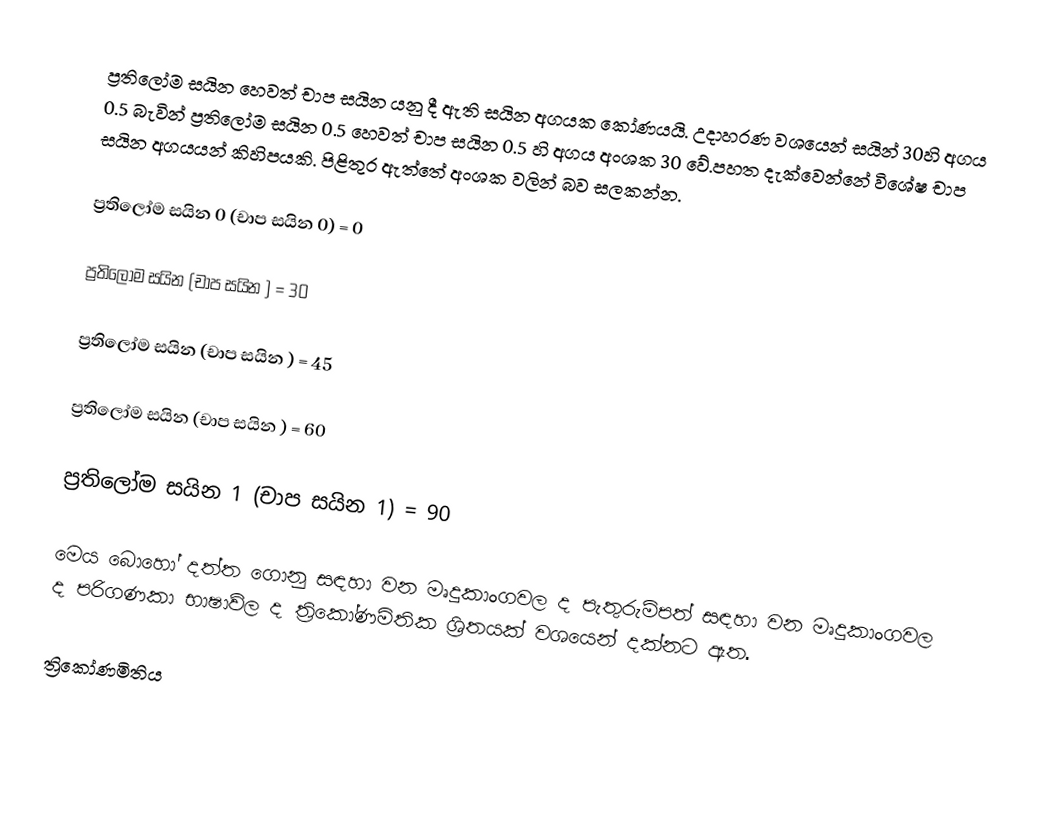
ප්‍රතිලෝම සයින හෙවත් චාප සයින යනු දී ඇති සයින අගයක කෝණයයි. උදාහරණ වශයෙන් සයින් 30හි අගය 0.5 බැවින් ප්‍රතිලෝම සයින 0.5 හෙවත් චාප සයින 0.5 හි අගය අංශක 30 වේ.පහත දැක්වෙන්නේ විශේෂ චාප සයින අගයයන් කිහිපයකි. පිළිතුර ඇත්තේ අංශක වලින් බව සලකන්න.

ප්‍රතිලෝම සයින 0 (චාප සයින 0) = 0

ප්‍රතිලෝම සයින     (චාප සයින ) = 30

ප්‍රතිලෝම සයින     (චාප සයින  ) = 45

ප්‍රතිලෝම සයින     (චාප සයින  ) = 60

ප්‍රතිලෝම සයින 1 (චාප සයින 1) = 90

මෙය බොහෝ දත්ත ගොනු සඳහා වන මෘදුකාංගවල ද පැතුරුම්පත් සඳහා වන මෘදුකාංගවල ද පරිගණකා භාෂාව්ල ද ත්‍රිකෝණමිතික ශ්‍රිතයක් වශයෙන් දක්නට ඇත.

ත්‍රිකෝණමිතිය